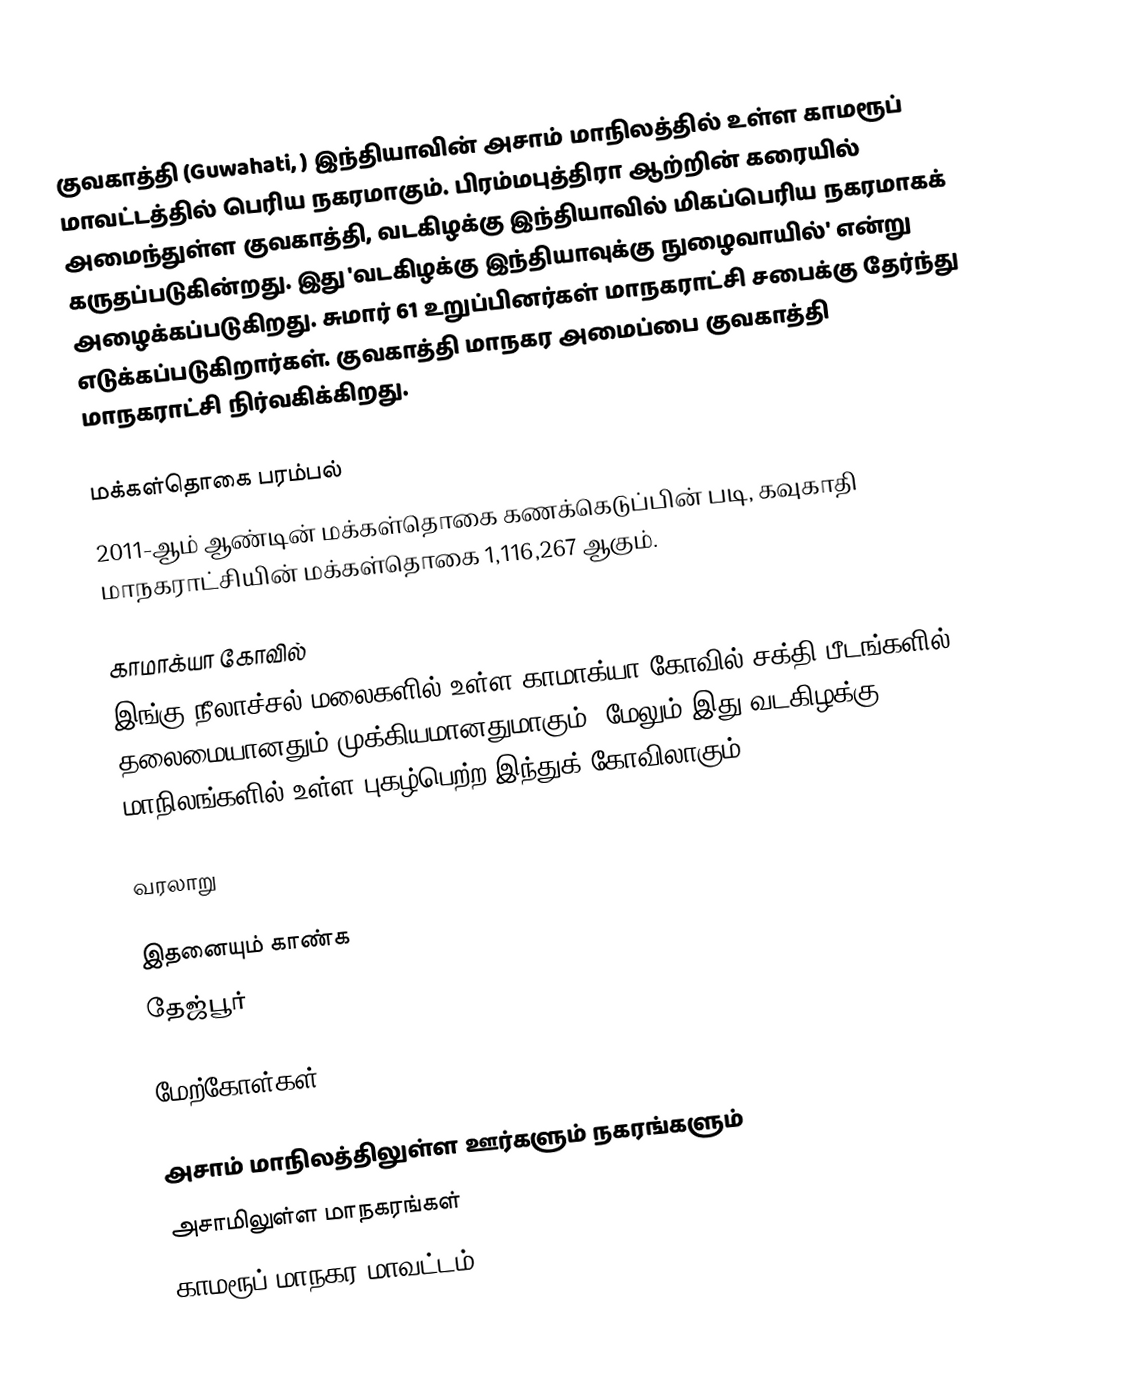
குவகாத்தி (Guwahati, ) இந்தியாவின் அசாம் மாநிலத்தில் உள்ள காமரூப் மாவட்டத்தில்  பெரிய நகரமாகும்.  பிரம்மபுத்திரா ஆற்றின் கரையில் அமைந்துள்ள குவகாத்தி, வடகிழக்கு இந்தியாவில் மிகப்பெரிய நகரமாகக் கருதப்‌படுகின்றது. இது 'வடகிழக்கு இந்தியாவுக்கு நுழைவாயில்' என்று அழைக்கப்படுகிறது. சுமார் 61 உறுப்பினர்கள் மாநகராட்சி சபைக்கு தேர்ந்து எடுக்கப்படுகிறார்கள். குவகாத்தி மாநகர அமைப்பை குவகாத்தி மாநகராட்சி நிர்வகிக்கிறது.

மக்கள்தொகை பரம்பல்
2011-ஆம் ஆண்டின் மக்கள்தொகை கணக்கெடுப்பின் படி, கவுகாதி மாநகராட்சியின் மக்கள்தொகை 1,116,267 ஆகும்.

காமாக்யா கோவில்
இங்கு நீலாச்சல் மலைகளில் உள்ள காமாக்யா கோவில் சக்தி பீடங்களில் தலைமையானதும் முக்கியமானதுமாகும். மேலும் இது வடகிழக்கு மாநிலங்களில் உள்ள புகழ்பெற்ற இந்துக் கோவிலாகும்.

வரலாறு

இதனையும் காண்க
 தேஜ்பூர்

மேற்கோள்கள்

அசாம் மாநிலத்திலுள்ள ஊர்களும் நகரங்களும்
அசாமிலுள்ள மாநகரங்கள்
காமரூப் மாநகர மாவட்டம்